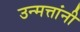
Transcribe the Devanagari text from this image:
उन्मत्तांनी